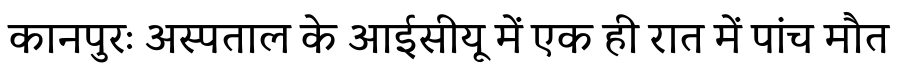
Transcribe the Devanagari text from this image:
कानपुरः अस्पताल के आईसीयू में एक ही रात में पांच मौत